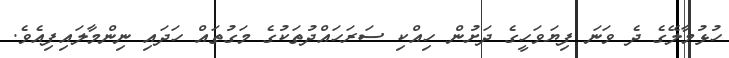
ހުޅުމާލޭގެ ދެ ވަނަ ފިޔަވަހީގެ ދަށުން ހިއްކި ސަރަހައްދުތަކުގެ މަގުތައް ހަދައި ނިންމާލައިފިއެވެ.